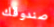
صندوقك